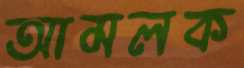
আমলক